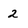
Character: 2